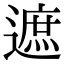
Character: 遮